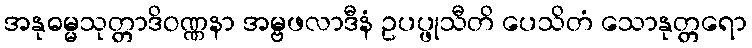
အနုဓမ္မသုတ္တာဒိဝဏ္ဏနာ အမ္ဗဖလာဒီနံ ဥပပ္ဖုသီတိ ပေသိတံ သောနုတ္တရော